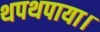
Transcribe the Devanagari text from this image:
थपथपाया।